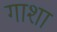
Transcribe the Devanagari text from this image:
गाशा